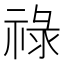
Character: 祿